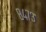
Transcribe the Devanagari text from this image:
८४७३